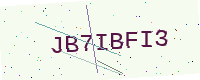
Text: JB7IBFI3